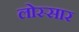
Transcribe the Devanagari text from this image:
लोस्सार